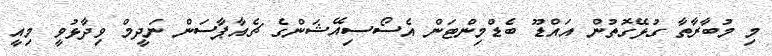
މި މުބާރާތާ ގުޅޭގޮތުން އައްޑޫ ބެޑްމިންޓަން އެސޯސިއޭޝަންގެ ޗެއާޕާސަން ނަދީމް ވިދާޅުވީ މިއީ